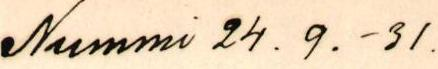
Nummi 24. 9.- 31.